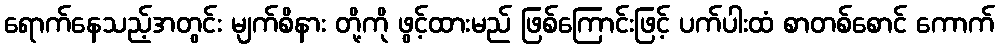
ရောက်နေသည့်အတွင်း မျက်စိနား တို့ကို ဖွင့်ထားမည် ဖြစ်ကြောင်းဖြင့် ပက်ပါးထံ စာတစ်စောင် ကောက်